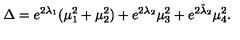
\Delta = e ^ { 2 \lambda _ { 1 } } ( \mu _ { 1 } ^ { 2 } + \mu _ { 2 } ^ { 2 } ) + e ^ { 2 \lambda _ { 2 } } \mu _ { 3 } ^ { 2 } + e ^ { 2 \tilde { \lambda } _ { 2 } } \mu _ { 4 } ^ { 2 } .